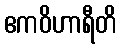
ဧကဝိဟာရီတိ